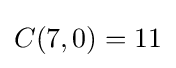
C(7,0)=11